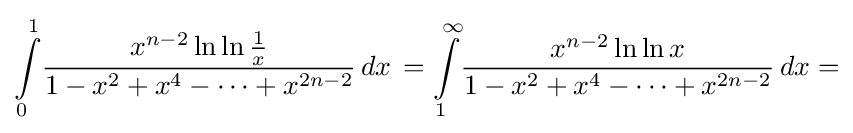
\int \limits _{0}^{1}\!{\frac {x^{n-2}\ln \ln {\frac {1}{x}}}{1-x^{2}+x^{4}-\cdots +x^{2n-2}}}\,dx\,=\int \limits _{1}^{\infty }\!{\frac {x^{n-2}\ln \ln {x}}{1-x^{2}+x^{4}-\cdots +x^{2n-2}}}\,dx=